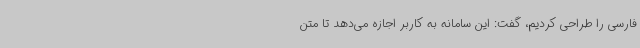
فارسی را طراحی کردیم، گفت: این سامانه به کاربر اجازه می‌دهد تا متن